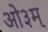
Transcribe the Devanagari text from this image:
आे३म्